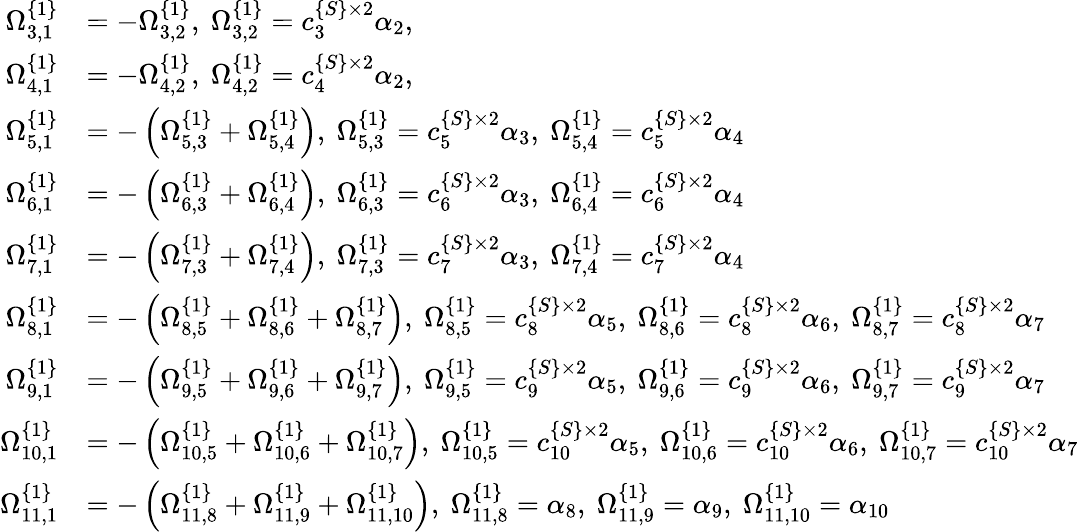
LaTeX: \begin{array}{rl}{\Omega_{3,1}^{\{ 1\} }}&{=-\Omega_{3,2}^{\{ 1\} },\ \Omega_{3,2}^{\{ 1\} }=c_{3}^{\{ S\} \times 2}\alpha_{2},}\\ {\Omega_{4,1}^{\{ 1\} }}&{=-\Omega_{4,2}^{\{ 1\} },\ \Omega_{4,2}^{\{ 1\} }=c_{4}^{\{ S\} \times 2}\alpha_{2},}\\ {\Omega_{5,1}^{\{ 1\} }}&{=-\left(\Omega_{5,3}^{\{ 1\} }+\Omega_{5,4}^{\{ 1\} }\right),\ \Omega_{5,3}^{\{ 1\} }=c_{5}^{\{ S\} \times 2}\alpha_{3},\ \Omega_{5,4}^{\{ 1\} }=c_{5}^{\{ S\} \times 2}\alpha_{4}}\\ {\Omega_{6,1}^{\{ 1\} }}&{=-\left(\Omega_{6,3}^{\{ 1\} }+\Omega_{6,4}^{\{ 1\} }\right),\ \Omega_{6,3}^{\{ 1\} }=c_{6}^{\{ S\} \times 2}\alpha_{3},\ \Omega_{6,4}^{\{ 1\} }=c_{6}^{\{ S\} \times 2}\alpha_{4}}\\ {\Omega_{7,1}^{\{ 1\} }}&{=-\left(\Omega_{7,3}^{\{ 1\} }+\Omega_{7,4}^{\{ 1\} }\right),\ \Omega_{7,3}^{\{ 1\} }=c_{7}^{\{ S\} \times 2}\alpha_{3},\ \Omega_{7,4}^{\{ 1\} }=c_{7}^{\{ S\} \times 2}\alpha_{4}}\\ {\Omega_{8,1}^{\{ 1\} }}&{=-\left(\Omega_{8,5}^{\{ 1\} }+\Omega_{8,6}^{\{ 1\} }+\Omega_{8,7}^{\{ 1\} }\right),\ \Omega_{8,5}^{\{ 1\} }=c_{8}^{\{ S\} \times 2}\alpha_{5},\ \Omega_{8,6}^{\{ 1\} }=c_{8}^{\{ S\} \times 2}\alpha_{6},\ \Omega_{8,7}^{\{ 1\} }=c_{8}^{\{ S\} \times 2}\alpha_{7}}\\ {\Omega_{9,1}^{\{ 1\} }}&{=-\left(\Omega_{9,5}^{\{ 1\} }+\Omega_{9,6}^{\{ 1\} }+\Omega_{9,7}^{\{ 1\} }\right),\ \Omega_{9,5}^{\{ 1\} }=c_{9}^{\{ S\} \times 2}\alpha_{5},\ \Omega_{9,6}^{\{ 1\} }=c_{9}^{\{ S\} \times 2}\alpha_{6},\ \Omega_{9,7}^{\{ 1\} }=c_{9}^{\{ S\} \times 2}\alpha_{7}}\\ {\Omega_{10,1}^{\{ 1\} }}&{=-\left(\Omega_{10,5}^{\{ 1\} }+\Omega_{10,6}^{\{ 1\} }+\Omega_{10,7}^{\{ 1\} }\right),\ \Omega_{10,5}^{\{ 1\} }=c_{10}^{\{ S\} \times 2}\alpha_{5},\ \Omega_{10,6}^{\{ 1\} }=c_{10}^{\{ S\} \times 2}\alpha_{6},\ \Omega_{10,7}^{\{ 1\} }=c_{10}^{\{ S\} \times 2}\alpha_{7}}\\ {\Omega_{11,1}^{\{ 1\} }}&{=-\left(\Omega_{11,8}^{\{ 1\} }+\Omega_{11,9}^{\{ 1\} }+\Omega_{11,10}^{\{ 1\} }\right),\ \Omega_{11,8}^{\{ 1\} }=\alpha_{8},\ \Omega_{11,9}^{\{ 1\} }=\alpha_{9},\ \Omega_{11,10}^{\{ 1\} }=\alpha_{10}}\end{array}